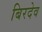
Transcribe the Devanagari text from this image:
बिरदेव